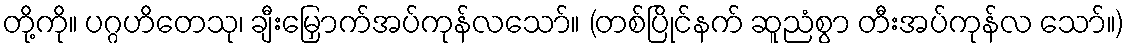
တို့ကို။ ပဂ္ဂဟိတေသု၊ ချီးမြှောက်အပ်ကုန်လသော်။ (တစ်ပြိုင်နက် ဆူညံစွာ တီးအပ်ကုန်လ သော်။)